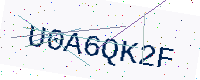
Text: U0A6QK2F